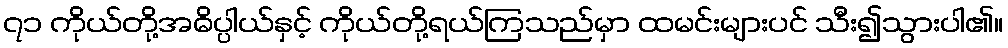
၇၁ ကိုယ်တို့အဓိပ္ပါယ်နှင့် ကိုယ်တို့ရယ်ကြသည်မှာ ထမင်းများပင် သီး၍သွားပါ၏။